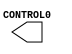
///////////////////////////////////////////////////////////////////////////////
// Copyright (c) 2015 Xilinx, Inc.
// All Rights Reserved
///////////////////////////////////////////////////////////////////////////////
//   ____  ____
//  /   /\/   /
// /___/  \  /    Vendor     : Xilinx
// \   \   \/     Version    : 14.7
//  \   \         Application: Xilinx CORE Generator
//  /   /         Filename   : bsg_gateway_chipscope_icon.v
// /___/   /\     Timestamp  : Thu Oct 15 17:50:17 PDT 2015
// \   \  /  \
//  \___\/\___\
//
// Design Name: Verilog Synthesis Wrapper
///////////////////////////////////////////////////////////////////////////////
// This wrapper is used to integrate with Project Navigator and PlanAhead

`timescale 1ns/1ps

module bsg_gateway_chipscope_icon(
    CONTROL0) /* synthesis syn_black_box syn_noprune=1 */;


output [35 : 0] CONTROL0;

endmodule